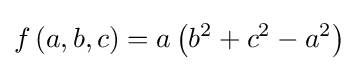
f\left(a,b,c\right)=a\left(b^{2}+c^{2}-a^{2}\right)